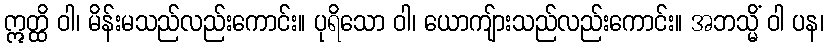
ဣတ္ထိ ဝါ၊ မိန်းမသည်လည်းကောင်း။ ပုရိသော ဝါ၊ ယောကျ်ားသည်လည်းကောင်း။ အဘသ္မိံ ဝါ ပန၊